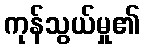
ကုန်သွယ်မှု၏